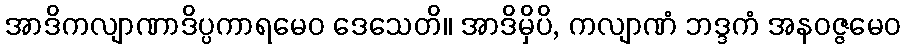
အာဒိကလျာဏာဒိပ္ပကာရမေဝ ဒေသေတိ။ အာဒိမှိပိ, ကလျာဏံ ဘဒ္ဒကံ အနဝဇ္ဇမေဝ